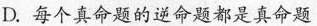
D.每个真命题的逆命题都是真命题